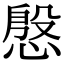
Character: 慇